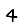
Digit: 4